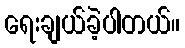
ရေးချယ်ခဲ့ပါတယ်။